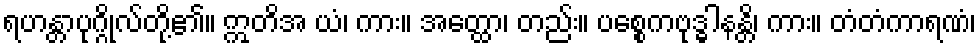
ရဟန္တာပုဂ္ဂိုလ်တို့၏။ ဣတိအ ယံ၊ ကား။ အတ္ထော၊ တည်း။ ပစ္စေကဗုဒ္ဓါနန္တိ၊ ကား။ တံတံကာရဏံ၊